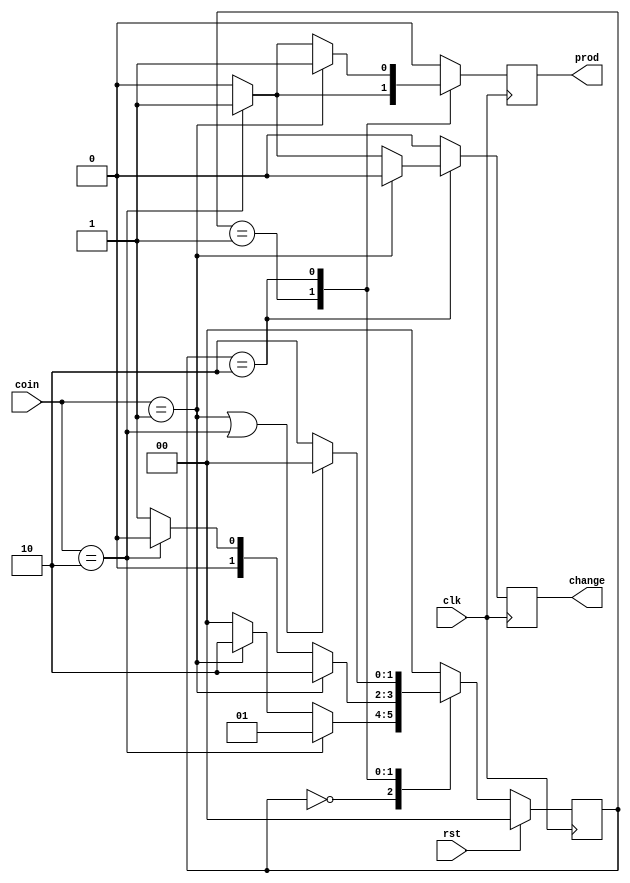
module vending_machine(clk, rst, coin, prod, change);
  input clk, rst;
  input [1:0] coin;
  output reg prod, change;
  parameter s0 = 2'b00, s1 = 2'b01, s2 = 2'b10;
  reg [1:0] pre, next;
  
  always @(posedge clk) begin
    if (rst)
      pre <= s0;
    else
      pre <= next;
  end
  
  always @(*) begin
    next = s0;
    case (pre)
      s0: begin
        if (coin == 2)
          next = s1;
        else if (coin == 1)
          next = s2;
      end
      s1: begin
        if (coin == 1)
          next = s2;
        else if (coin == 2)
          next = s0;
        else
          next = s1;
      end
      s2: begin
        if (coin == 1 || coin == 2)
          next = s0;
        else
          next = s2;
      end
    endcase
  end
  
  always @(posedge clk) begin
    prod <= 0;
    change <= 0;
    case (pre)
      s1: begin
        if (coin == 2)
          prod <= 1;
      end
      s2: begin
        if (coin == 1)
          prod <= 1;
        else if (coin == 2) begin
          prod <= 1;
          change <= 1;
        end
      end
    endcase
  end
endmodule